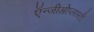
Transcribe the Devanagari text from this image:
ऍन्जीओेप्लास्टी